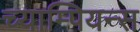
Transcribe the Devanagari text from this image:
च्याम्पियन्स